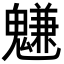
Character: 魐